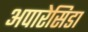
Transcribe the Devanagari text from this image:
अपारेसिडा